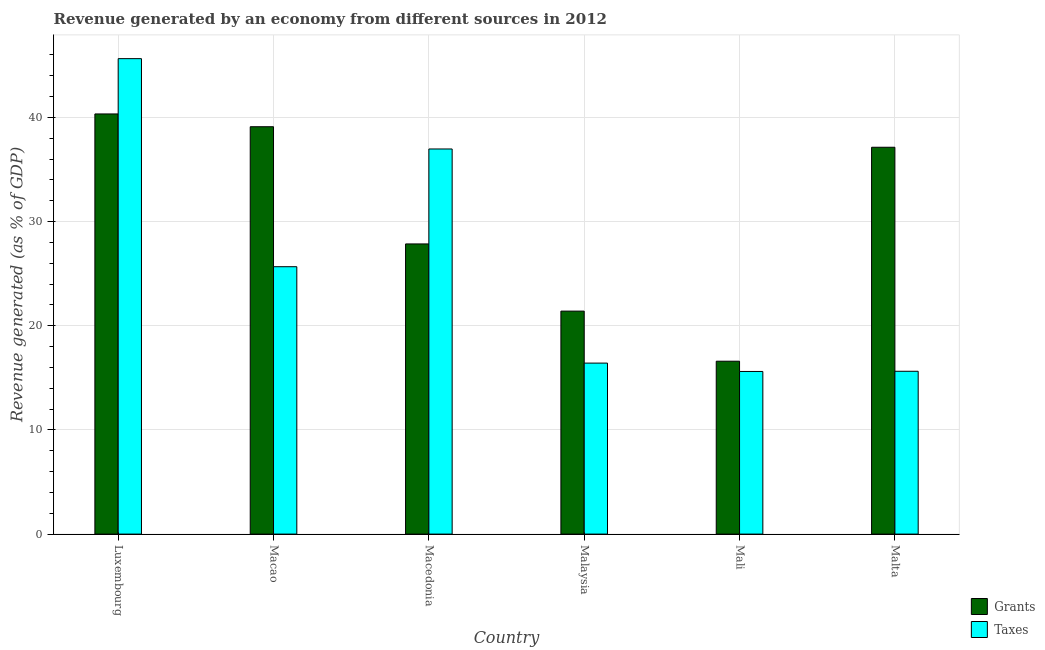
| Country | Grants | Taxes |
 | --- | --- | --- |
 | Luxembourg | 40.3 | 45.6 |
 | Macao | 39.1 | 25.7 |
 | Macedonia | 27.9 | 37 |
 | Malaysia | 21.4 | 16.4 |
 | Mali | 16.6 | 15.6 |
 | Malta | 37.1 | 15.6 |